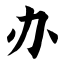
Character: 办